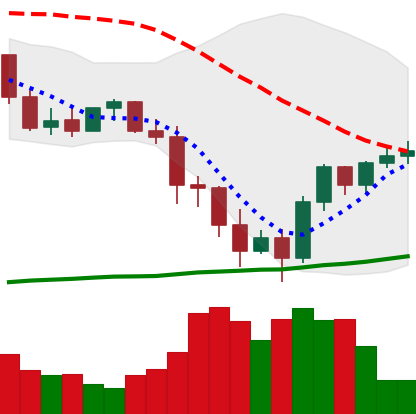
Ticker: BNB-USD
Chart end date: 2022-01-16
Forward return: -23.144%
Label: down_7plus